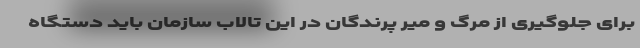
برای جلوگیری از مرگ و میر پرندگان در این تالاب سازمان باید دستگاه